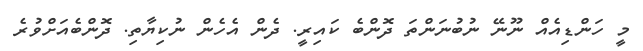
މީ ހަންޑިއެއް ނޫނޭ ނުބުނަންތަ ދޮންބެ ކައިރީ. ދެން އެހެން ނުކިޔާތި. ދޮންބެއަށްވުރެ